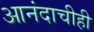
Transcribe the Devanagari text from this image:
आनंदाचीही